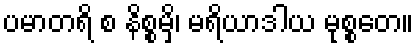
ပမာတရိ စ နိစ္စမှိ၊ မရိယာဒါယ မုစ္စတေ။